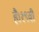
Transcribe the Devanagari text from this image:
है।१९वीं